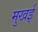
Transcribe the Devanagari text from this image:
मुखई